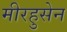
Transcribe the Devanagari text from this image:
मीरहुसेन